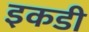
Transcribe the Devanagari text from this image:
इकडी